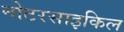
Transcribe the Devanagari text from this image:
नोटरसाइकिल